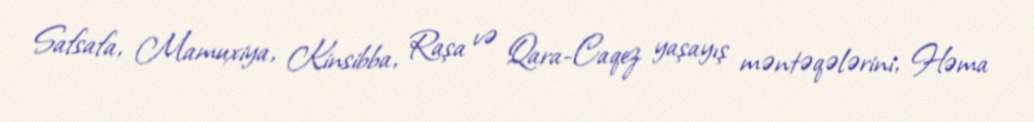
Safsafa, Mamuxiya, Kinsibba, Raşa və Qara-Caqez yaşayış məntəqələrini, Həma